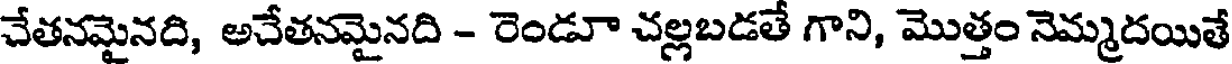
చేతనమైనది, అచేతనమైనది - రెండూ చల్లబడతే గాని, మొత్తం నెమ్మదయితే